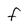
Character: F